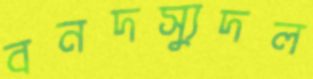
বনদস্যুদল